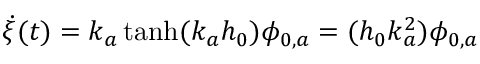
\dot { \xi } ( t ) = k _ { a } \operatorname { t a n h } ( k _ { a } h _ { 0 } ) \phi _ { 0 , a } = ( h _ { 0 } k _ { a } ^ { 2 } ) \phi _ { 0 , a }